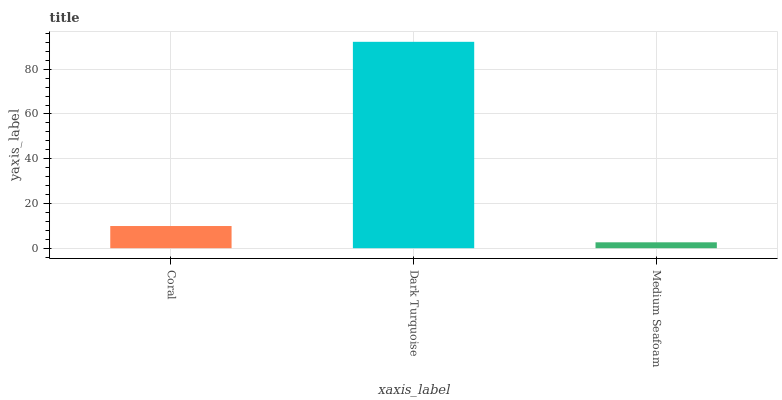
| xaxis_label | bars |
 | --- | --- |
 | Coral | 9.92 |
 | Dark Turquoise | 92.3 |
 | Medium Seafoam | 2.64 |